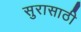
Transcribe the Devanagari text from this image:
सुरासाठी